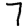
Digit: 7